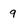
Character: 9